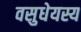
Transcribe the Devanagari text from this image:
वसुधेयस्य